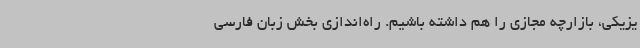
یزیکی، بازارچه مجازی را هم داشته باشیم. راه‌اندازی بخش زبان فارسی